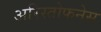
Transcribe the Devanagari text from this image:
अरिस्तोफनेस